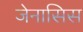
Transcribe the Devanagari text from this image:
जेनासिस